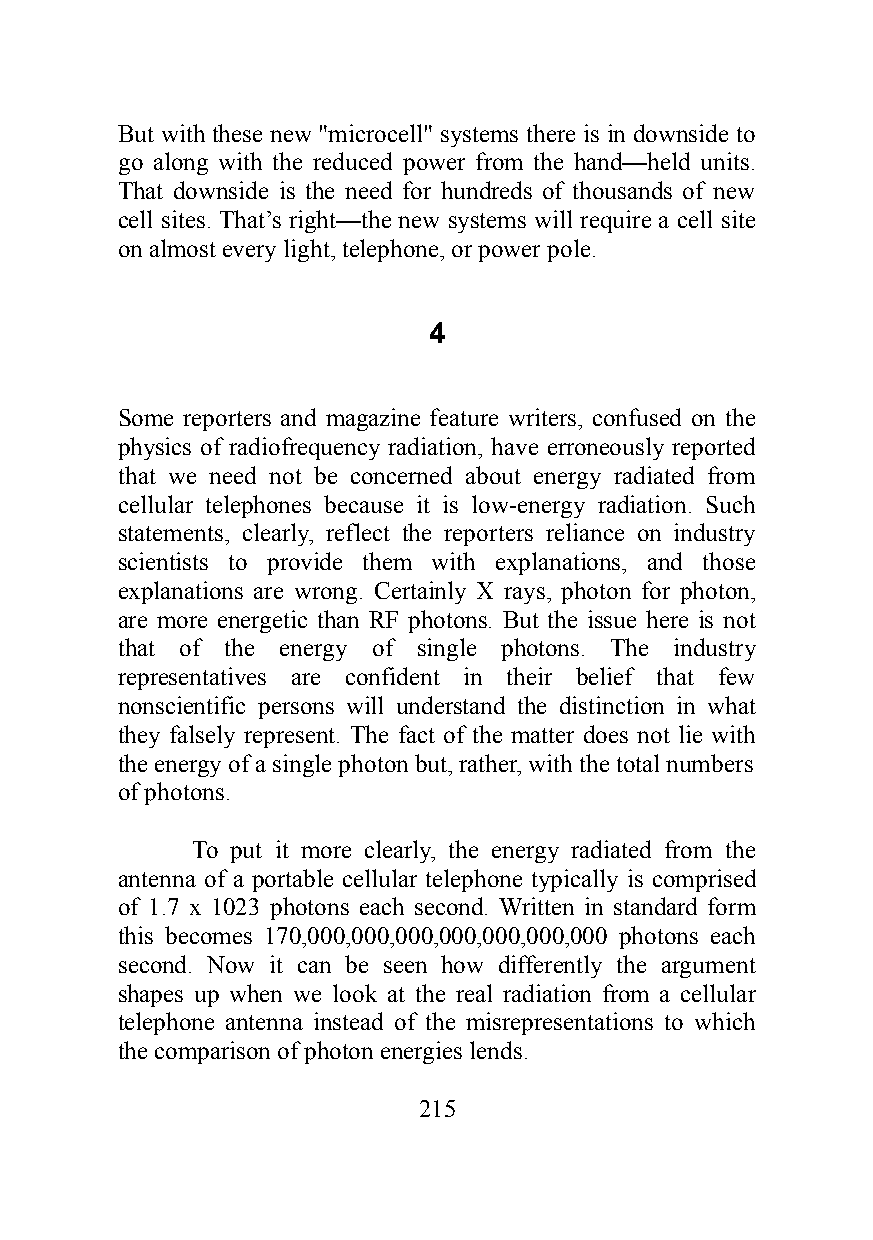
But with these new "microcell" systems there is in downside to
 go along with the reduced power from the hand—held units.
 That downside is the need for hundreds of thousands of new
 cell sites. That’s right—the new systems will require a cell site
 on almost every light, telephone, or power pole.
 4
 Some reporters and magazine feature writers, confused on the
 physics of radiofrequency radiation, have erroneously reported
 that we need not be concerned about energy radiated from
 cellular telephones because it is low-energy radiation. Such
 statements, clearly, reflect the reporters reliance on industry
 scientists to provide them with explanations, and those
 explanations are wrong. Certainly X rays, photon for photon,
 are more energetic than RF photons. But the issue here is not
 that of the energy of single photons. The industry
 representatives are confident in their belief that few
 nonscientific persons will understand the distinction in what
 they falsely represent. The fact of the matter does not lie with
 the energy of a single photon but, rather, with the total numbers
 of photons.
 To put it more clearly, the energy radiated from the
 antenna of a portable cellular telephone typically is comprised
 of 1.7 x 1023 photons each second. Written in standard form
 this becomes 170,000,000,000,000,000,000,000 photons each
 second. Now it can be seen how differently the argument
 shapes up when we look at the real radiation from a cellular
 telephone antenna instead of the misrepresentations to which
 the comparison of photon energies lends.
 215